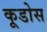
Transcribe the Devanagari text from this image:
कूडोस